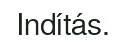
Indítás.